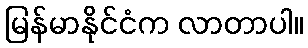
မြန်မာနိုင်ငံက လာတာပါ။